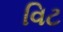
વિટ